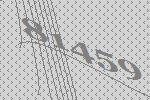
81459